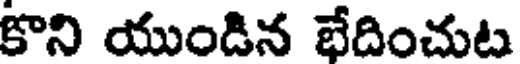
కొని యుండిన భేదించుట